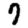
Digit: 7